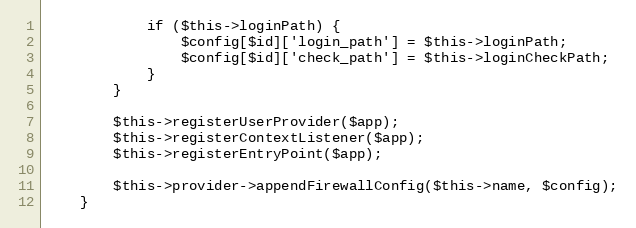
Language: PHP
            if ($this->loginPath) {
                $config[$id]['login_path'] = $this->loginPath;
                $config[$id]['check_path'] = $this->loginCheckPath;
            }
        }

        $this->registerUserProvider($app);
        $this->registerContextListener($app);
        $this->registerEntryPoint($app);

        $this->provider->appendFirewallConfig($this->name, $config);
    }